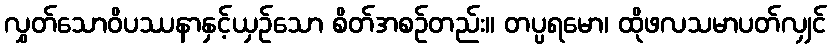
လွှတ်သောဝိပဿနာနှင့်ယှဉ်သော စိတ်အစဉ်တည်း။ တပ္ပရမော၊ ထိုဖလသမာပတ်လျှင်